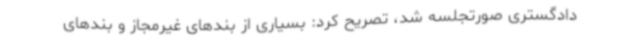
دادگستری صورتجلسه شد، تصریح کرد: بسیاری از بندهای غیرمجاز و بندهای